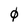
Character: 0